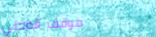
موقف الداخلي